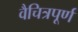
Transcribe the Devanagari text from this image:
वैचित्रपूर्ण